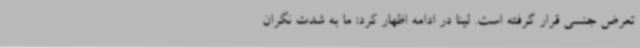
تعرض جنسی قرار گرفته است. لینا در ادامه اظهار کرد: ما به شدت نگران